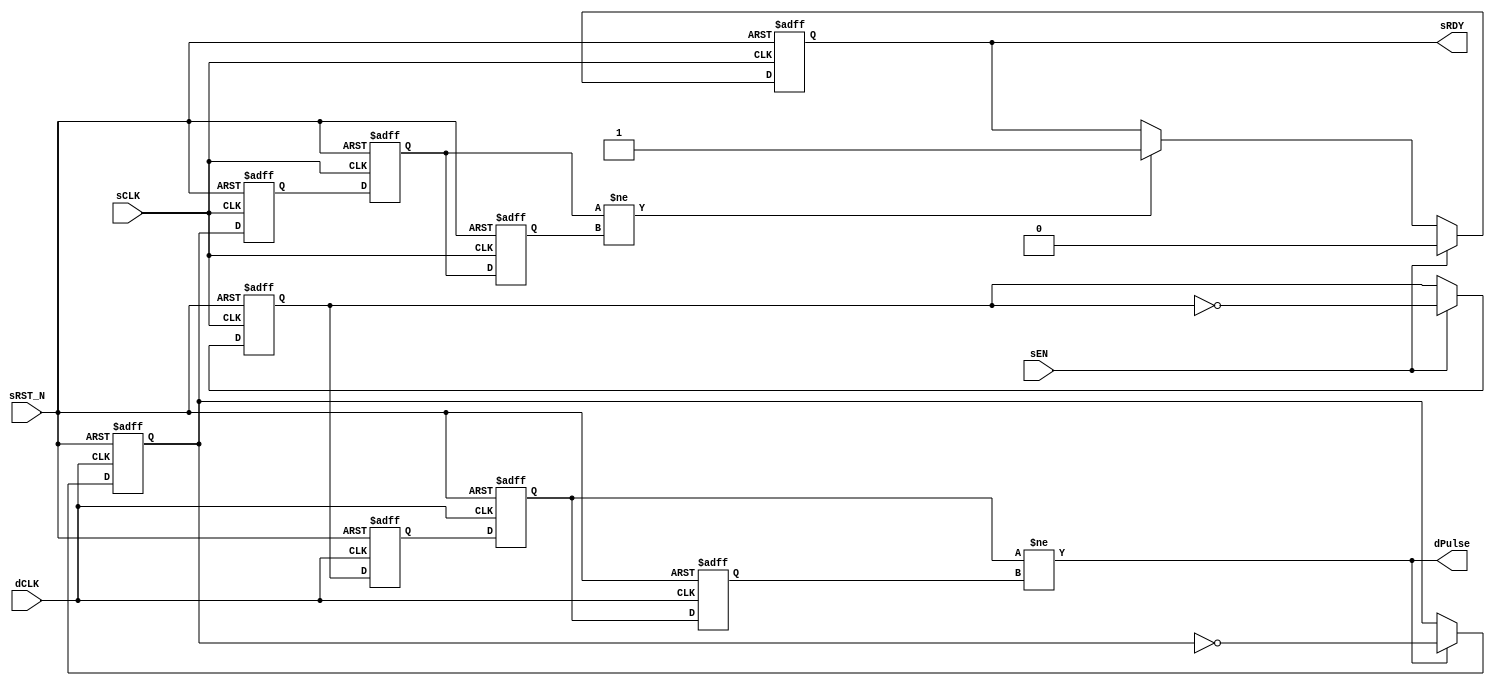

// Copyright (c) 2000-2009 Bluespec, Inc.

// Permission is hereby granted, free of charge, to any person obtaining a copy
// of this software and associated documentation files (the "Software"), to deal
// in the Software without restriction, including without limitation the rights
// to use, copy, modify, merge, publish, distribute, sublicense, and/or sell
// copies of the Software, and to permit persons to whom the Software is
// furnished to do so, subject to the following conditions:

// The above copyright notice and this permission notice shall be included in
// all copies or substantial portions of the Software.

// THE SOFTWARE IS PROVIDED "AS IS", WITHOUT WARRANTY OF ANY KIND, EXPRESS OR
// IMPLIED, INCLUDING BUT NOT LIMITED TO THE WARRANTIES OF MERCHANTABILITY,
// FITNESS FOR A PARTICULAR PURPOSE AND NONINFRINGEMENT. IN NO EVENT SHALL THE
// AUTHORS OR COPYRIGHT HOLDERS BE LIABLE FOR ANY CLAIM, DAMAGES OR OTHER
// LIABILITY, WHETHER IN AN ACTION OF CONTRACT, TORT OR OTHERWISE, ARISING FROM,
// OUT OF OR IN CONNECTION WITH THE SOFTWARE OR THE USE OR OTHER DEALINGS IN
// THE SOFTWARE.
//
// $Revision: 17872 $
// $Date: 2009-09-18 14:32:56 +0000 (Fri, 18 Sep 2009) $

`ifdef BSV_ASSIGNMENT_DELAY
`else
`define BSV_ASSIGNMENT_DELAY
`endif

// 
// Transfer takes 2 dCLK to see data,
// sRDY recovers takes 2 dCLK + 2 sCLK
module SyncHandshake(
                     sCLK,
                     sRST_N,
                     dCLK,
                     sEN,
                     sRDY,
                     dPulse
                     );
   parameter init = 1'b0;
   
   // Source clock port signal
   input     sCLK ;
   input     sRST_N ;   
   input     sEN ;
   output    sRDY ;
   
   // Destination clock port signal
   input     dCLK ;
   output    dPulse ;
   
   // Flops to hold data
   reg       dToggleReg ;
   reg       dSyncReg1, dSyncReg2 ;
   reg       dLastState ;
   reg       sToggleReg ;
   reg       sSyncReg1, sSyncReg2 ;
   reg       sLastState ;
   reg       sRDY_reg ;

   wire      pulseSignal ;
    
   // Output signal
   assign    dPulse = pulseSignal ;
   assign    pulseSignal = dSyncReg2 != dLastState ;
   assign    sRDY = sRDY_reg ;
   
   always @(posedge sCLK or negedge sRST_N)
     begin
        if (sRST_N == 0)
           begin
              sRDY_reg   <= `BSV_ASSIGNMENT_DELAY 1'b1 ;
              sSyncReg1  <= `BSV_ASSIGNMENT_DELAY init ;
              sSyncReg2  <= `BSV_ASSIGNMENT_DELAY init ;
              sLastState <= `BSV_ASSIGNMENT_DELAY init ;
              sToggleReg <= `BSV_ASSIGNMENT_DELAY init ;
           end
        else
           begin

              // hadshake return synchronizer
              sSyncReg1 <= `BSV_ASSIGNMENT_DELAY dToggleReg ;// clock domain crossing
              sSyncReg2 <= `BSV_ASSIGNMENT_DELAY sSyncReg1 ;
              sLastState <= `BSV_ASSIGNMENT_DELAY sSyncReg2 ;

              // Pulse send
              if ( sEN )
                begin
                   sToggleReg <= `BSV_ASSIGNMENT_DELAY ! sToggleReg ;
                end // if ( sEN )

              // Ready signal generation
              if ( sEN )
                begin
                   sRDY_reg <= `BSV_ASSIGNMENT_DELAY 1'b0 ;
                end
              else if ( sSyncReg2 != sLastState )
                begin
                   sRDY_reg <= `BSV_ASSIGNMENT_DELAY 1'b1 ;
                end
           end
     end // always @ (posedge sCLK or negedge sRST_N)

   always @(posedge dCLK or negedge sRST_N)
     begin
        if (sRST_N == 0)
          begin
             dSyncReg1  <= `BSV_ASSIGNMENT_DELAY init;
             dSyncReg2  <= `BSV_ASSIGNMENT_DELAY init;
             dLastState <= `BSV_ASSIGNMENT_DELAY init ;
             dToggleReg <= `BSV_ASSIGNMENT_DELAY init ;
          end
        else
           begin
              dSyncReg1 <= `BSV_ASSIGNMENT_DELAY sToggleReg ;// domain crossing
              dSyncReg2 <= `BSV_ASSIGNMENT_DELAY dSyncReg1 ;
              dLastState <= `BSV_ASSIGNMENT_DELAY dSyncReg2 ;

              if ( pulseSignal )
                begin
                   dToggleReg <= `BSV_ASSIGNMENT_DELAY ! dToggleReg ;
                end
           end
     end // always @ (posedge dCLK or negedge sRST_N)  

`ifdef BSV_NO_INITIAL_BLOCKS
`else // not BSV_NO_INITIAL_BLOCKS
   // synopsys translate_off  
   initial
      begin
         dSyncReg1 = init ;
         dSyncReg2 = init ;
         dLastState = init ;
         dToggleReg = init ;
         
         sToggleReg = init ;
         sSyncReg1 = init ;
         sSyncReg2 = init ;
         sLastState = init ;

         sRDY_reg = 1'b1 ;
      end // initial begin
   // synopsys translate_on
`endif // BSV_NO_INITIAL_BLOCKS
   
endmodule // HandshakeSync